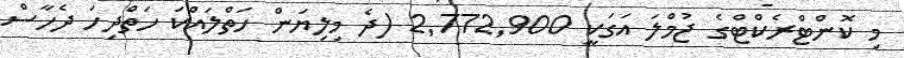
މި ކޮންޓްރެކްޓްގެ ޖުމްލަ އަގަކީ 2